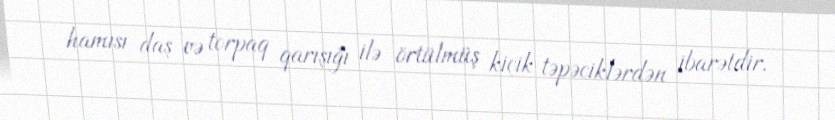
hamısı daş və torpaq qarışığı ilə örtülmüş kiçik təpəciklərdən ibarətdir.